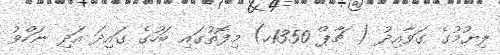
ލިޔުމުގެ ގަވާއިދު ( ޗާޕް 1350ހ) މިފޮތުގައި ބަހުގެ ގައިދަ އަދި ނަހްވު